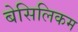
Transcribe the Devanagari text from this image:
बेसिलिकम